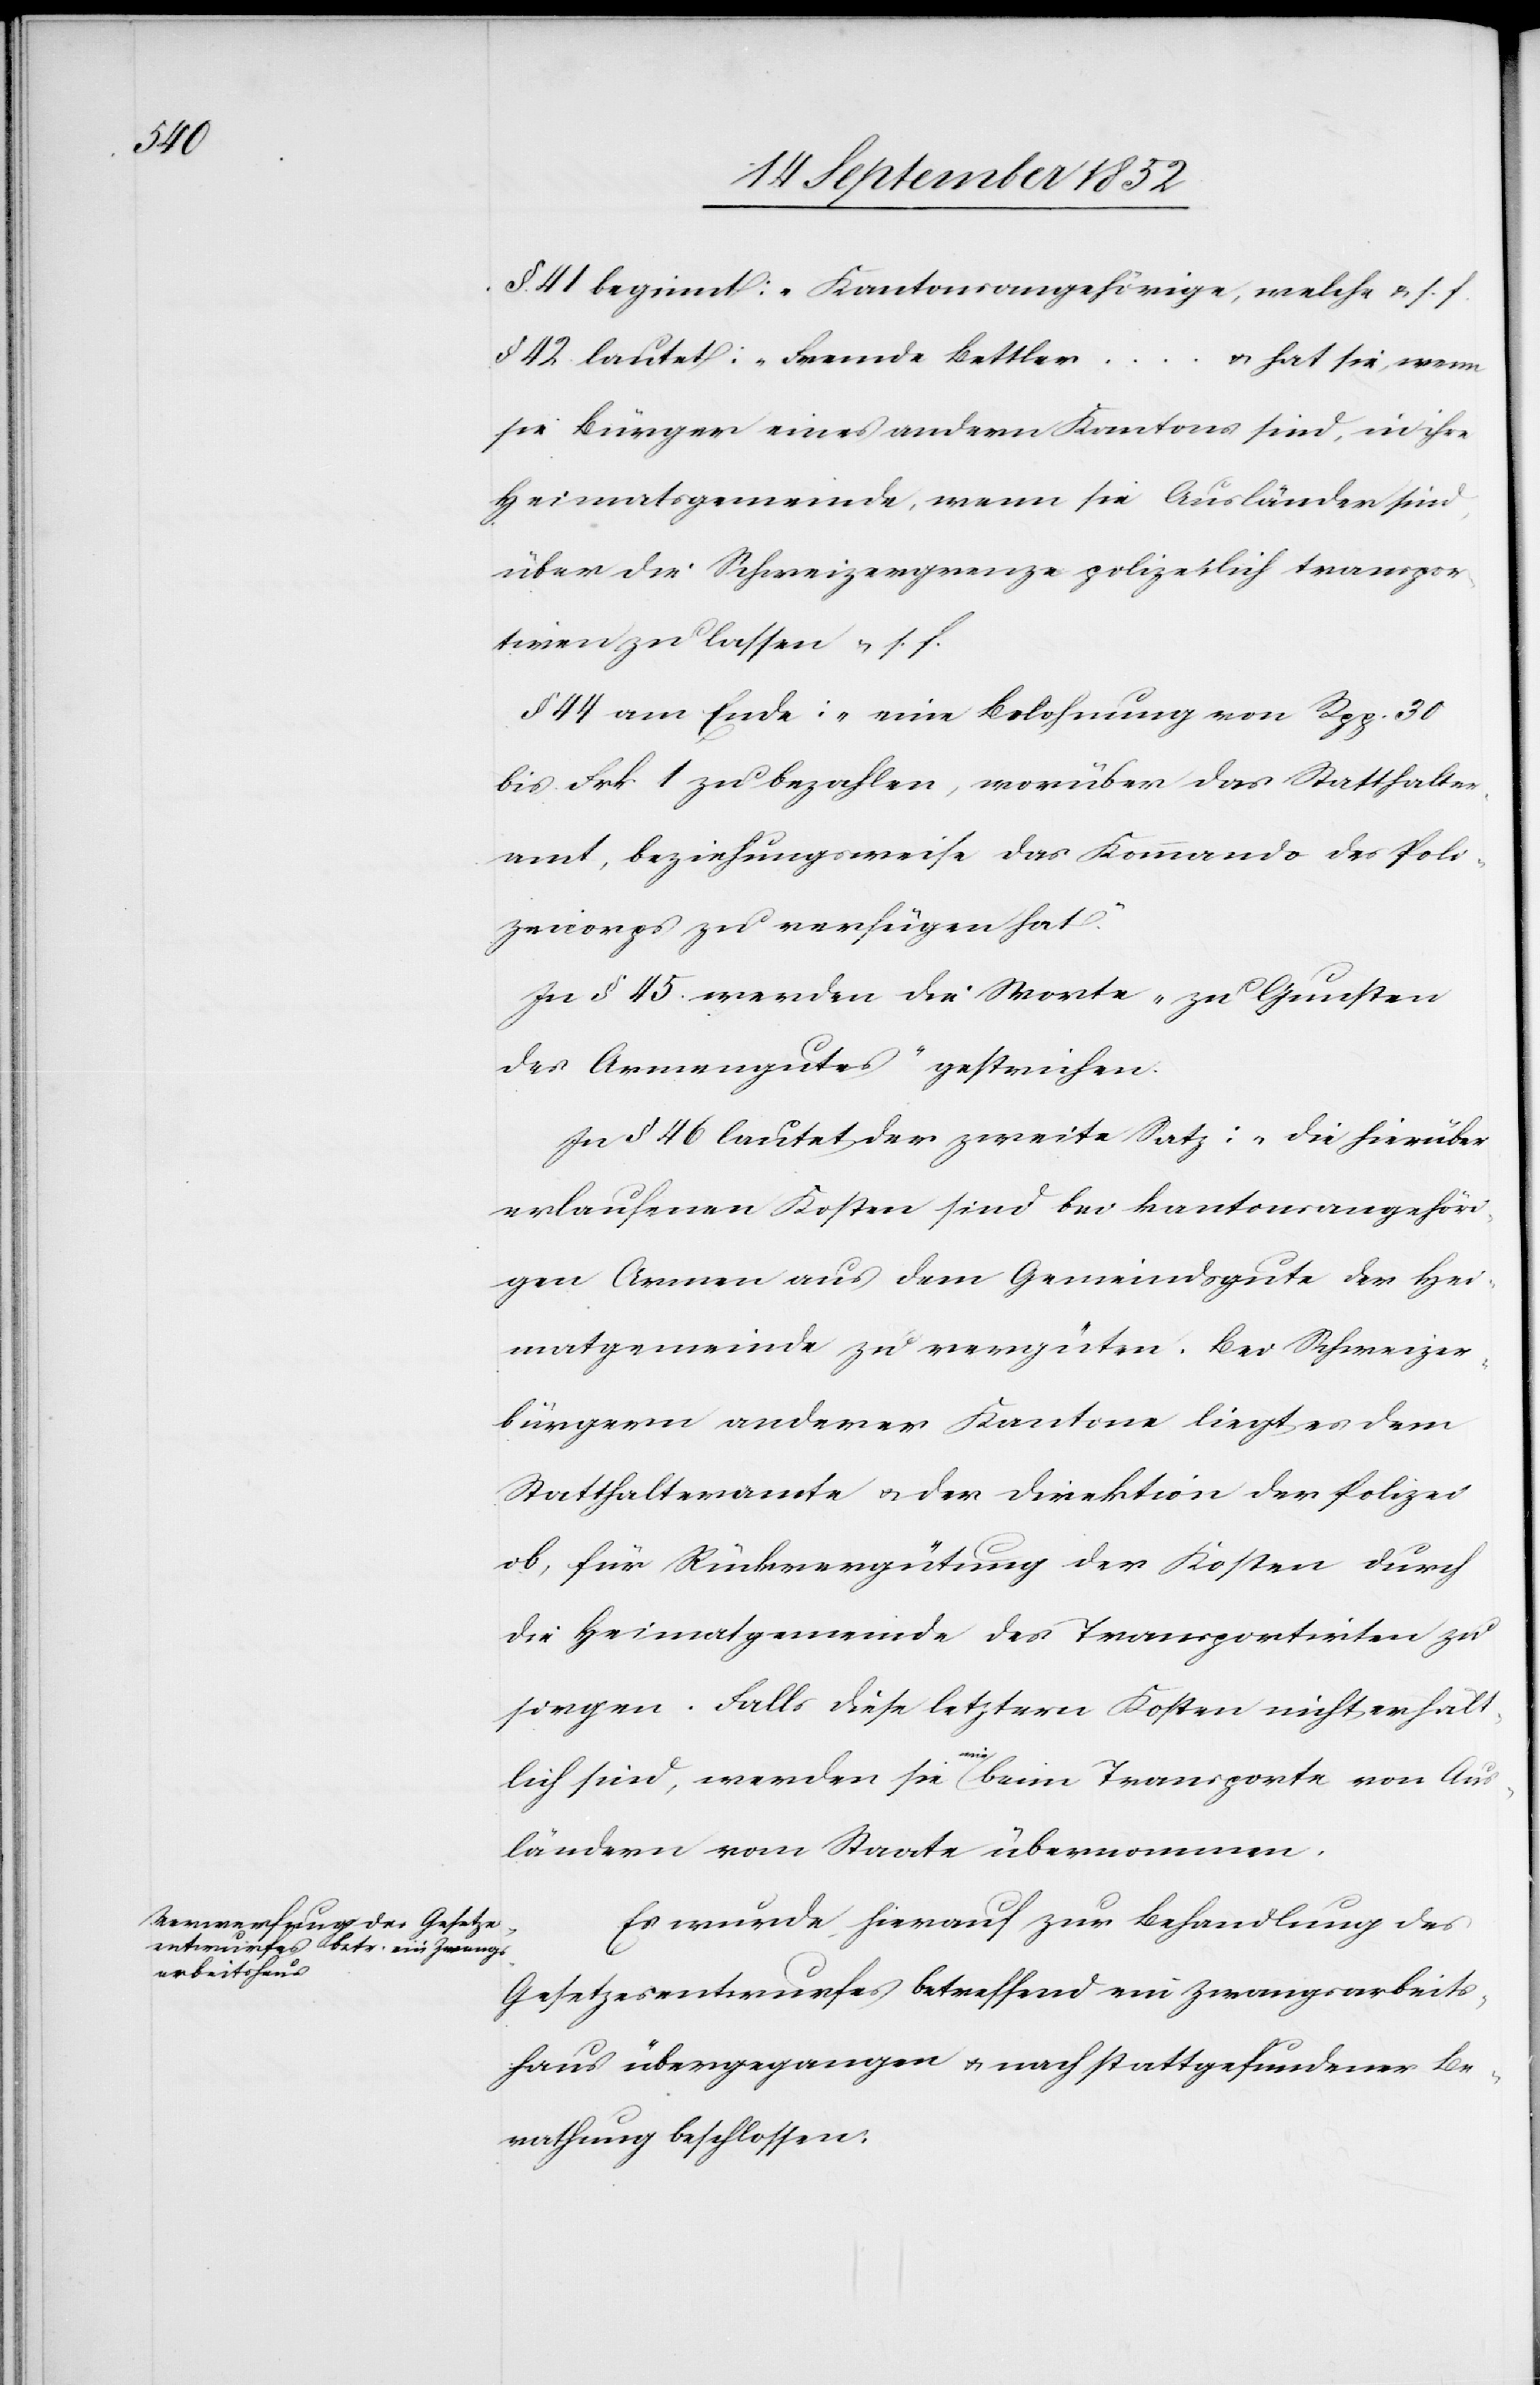
§. 41 beginnt: „Kantonsangehörige, welche & s.
§ 42 lautet: „Fremde Bettler
… & hat sie, wenn
sie Bürger eines andern Kantons sind, in ihre
Heimatsgemeinde, wenn sie Ausländer sind,
über die Schweizergrenze polizeilich transpor¬
tiren zu lassen & s. f.[“]
§ 44 am Ende: „eine Belohnung von Rpp. 30
bis Frk 1 zu bezahlen, worüber das Statthalter¬
amt, beziehungsweise das Kommando des Poli¬
zeicorps zu verfügen hat.“
In § 45. werden die Worte „zu Gunsten
des Armengutes“ gestrichen.
In § 46 lautet der zweite Satz: „Die hierüber
erlaufenen Kosten sind bei kantonsangehöri¬
gen Armen aus dem Gemeindsgute der Hei¬
matgemeinde zu vergüten. Bei Schweizer¬
bürgern anderer Kantone liegt es dem
Statthalteramte & der Direktion der Polizei
ob, für Rückvergütung der Kosten durch
die Heimatgemeinde des Transportirten zu
sorgen. Falls diese letztern Kosten nicht erhäl¬
t¬
lich sind, werden sie wie beim Transporte von Aus¬
ländern vom Staate übernommen.[“]
Es wurde hierauf zur Behandlung des
Gesetzesentwurfes betreffend ein Zwangsarbeits¬
haus übergegangen & nach stattgefundener Be¬
rathung beschlossen: